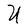
Character: U